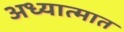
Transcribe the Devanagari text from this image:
अध्यात्मात